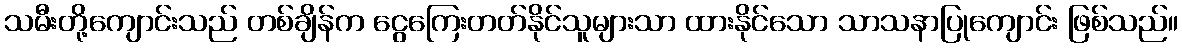
သမီးတို့ကျောင်းသည် တစ်ချိန်က ငွေကြေးတတ်နိုင်သူများသာ ထားနိုင်သော သာသနာပြုကျောင်း ဖြစ်သည်။